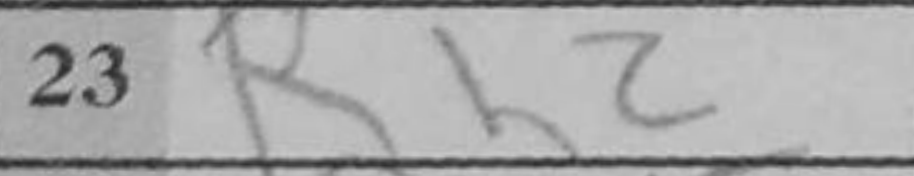
Transcription: Rh2